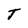
Character: T